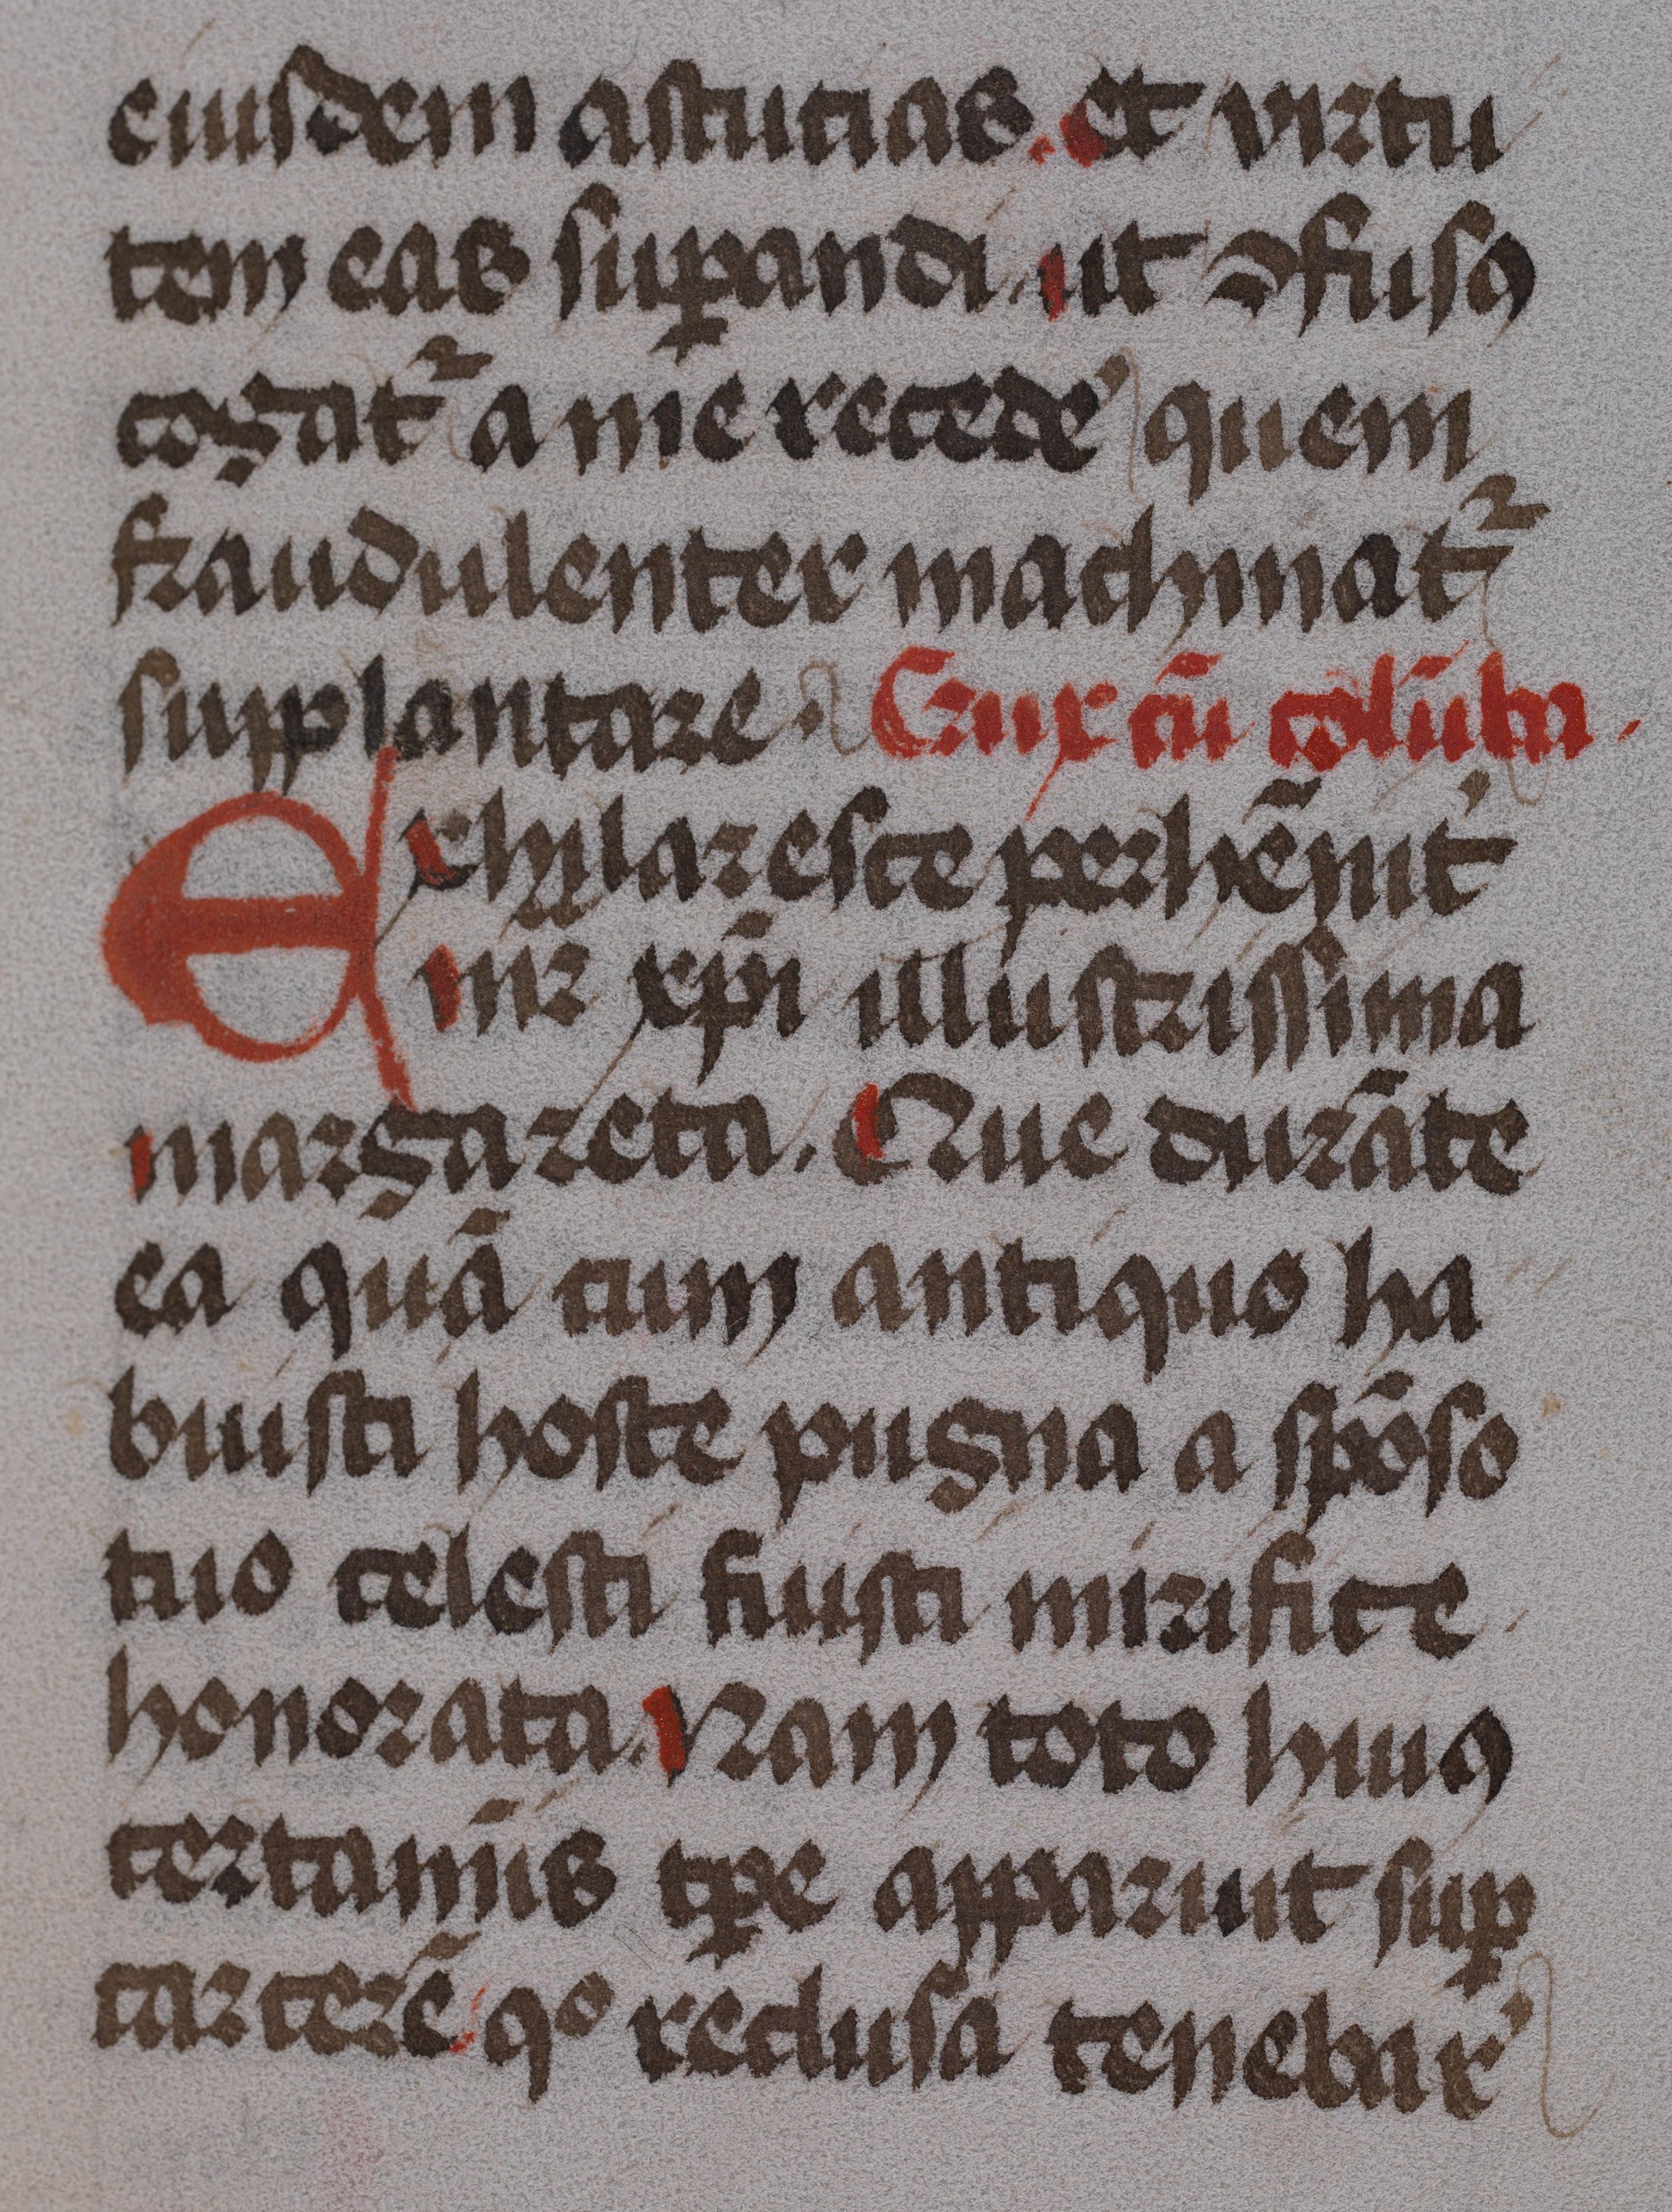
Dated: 1475–1499